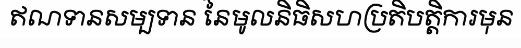
ឥណទានសម្បទាន នៃមូលនិធិសហប្រតិបត្តិការមុន